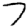
Digit: 7